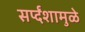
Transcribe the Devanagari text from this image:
सर्प्दंशामुळे